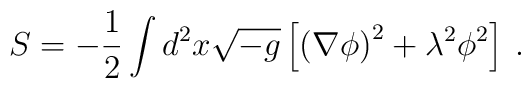
S=-{1\over2}\int d^2x\sqrt{-g}\left[\left(\nabla\phi\right)^2+\lambda^2\phi^2\right]\>.